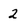
Character: 2